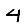
Digit: 4